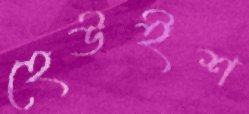
হেউইশ